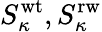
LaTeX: S_{\kappa}^{\mathrm{wt}},S_{\kappa}^{\mathrm{rw}}